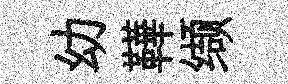
幼鞾缬